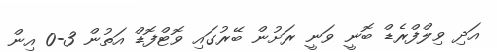
އަދި ވިލްފްރެޑް ބޮނީ ވަނީ ރަށުން ބޭރުގައި ވޮޓްފޮޑް އަތުން 3-0 އިން